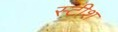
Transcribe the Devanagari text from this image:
स्टीश